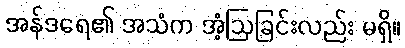
အန်ဒရေ၏ အသံက အံ့ဩခြင်းလည်း မရှိ။